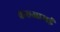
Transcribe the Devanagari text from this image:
करूआमई